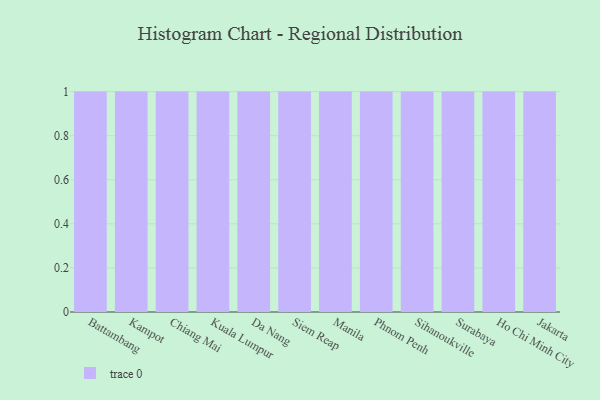
{"axis": {"x": "City", "y": "Market Share (%)"}, "legend": [""], "data": [{"x": "Battambang", "y": 13, "type": ""}, {"x": "Kampot", "y": 47, "type": ""}, {"x": "Chiang Mai", "y": 67, "type": ""}, {"x": "Kuala Lumpur", "y": 39, "type": ""}, {"x": "Da Nang", "y": 73, "type": ""}, {"x": "Siem Reap", "y": 65, "type": ""}, {"x": "Manila", "y": 30, "type": ""}, {"x": "Phnom Penh", "y": 16, "type": ""}, {"x": "Sihanoukville", "y": 26, "type": ""}, {"x": "Surabaya", "y": 4, "type": ""}, {"x": "Ho Chi Minh City", "y": 100, "type": ""}, {"x": "Jakarta", "y": 12, "type": ""}]}